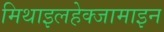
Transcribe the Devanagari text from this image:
मिथाइलहेक्जामाइन